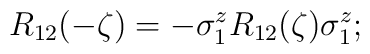
R_{12}(-\zeta)=-\sigma^z_1 R_{12}(\zeta)\sigma^z_1 ;